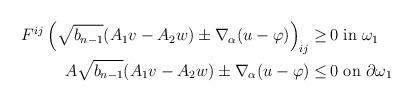
LaTeX: \begin{align*}\begin{aligned}F^{ij} \left(\sqrt{b_{n-1}} (A_1 v - A_2 w) \pm \nabla_\alpha (u - \varphi)\right)_{ij} \geq \,& 0 \mbox{ in } \omega_1\\ A \sqrt{b_{n-1}} (A_1 v - A_2 w) \pm \nabla_\alpha (u - \varphi) \leq \,& 0 \mbox{ on } \partial \omega_1\end{aligned}\end{align*}